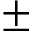
\pm